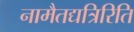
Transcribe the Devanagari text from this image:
नामैतद्यत्रिरिति